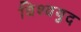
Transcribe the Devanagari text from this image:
विश्‍वयुद